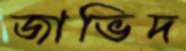
জাভিদ